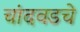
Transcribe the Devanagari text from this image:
चांदवडचे